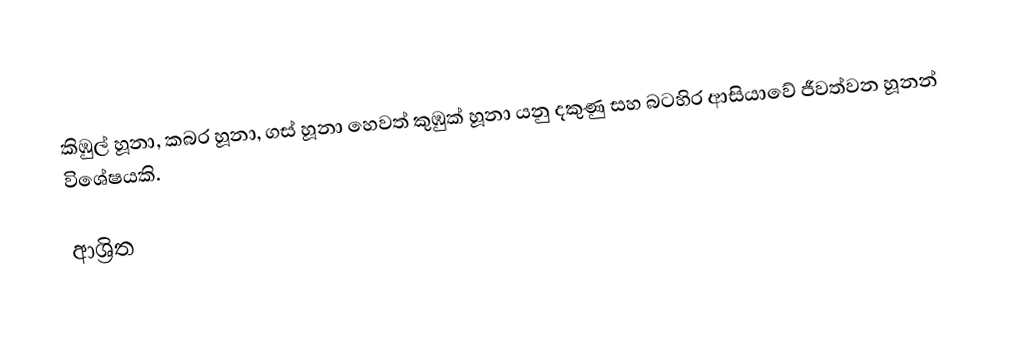
කිඹුල් හූනා, කබර හූනා, ගස්‌ හූනා හෙවත් කුඹුක්‌ හූනා යනු දකුණු සහ බටහිර ආසියාවේ ජීවත්වන හූනන් විශේෂයකි.

ආශ්‍රිත